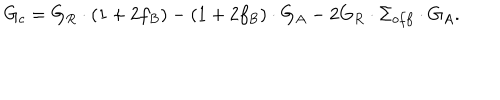
LaTeX: G _ { c } = G _ { R } \cdot ( 1 + 2 f _ { B } ) - ( 1 + 2 f _ { B } ) \cdot G _ { A } - 2 G _ { R } \cdot \Sigma _ { o f f } \cdot G _ { A } .